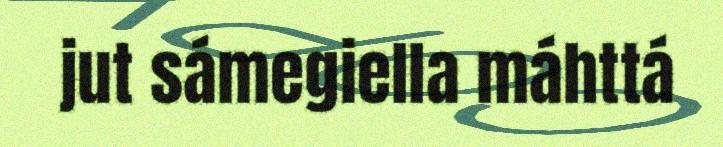
jut sámegiella máhttá